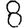
Digit: 8